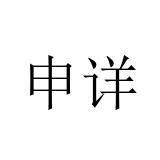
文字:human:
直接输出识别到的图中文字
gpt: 申详